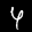
Label: 4